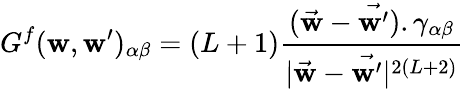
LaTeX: G^{f}(\mathbf{w},\mathbf{w}^{\prime})_{\alpha\beta}=(L+1)\frac{{{(\vec{{\mathbf{w}}}-\vec{{\mathbf{w}^{\prime}}})}.\gamma_{\alpha\beta}}}{{|\vec{{\mathbf{w}}}-\vec{{\mathbf{w}^{\prime}}}|^{2(L+2)}}}